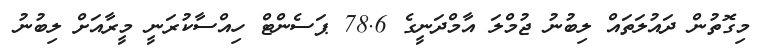
މިގޮތުން ދައުލަތައް ލިބުނު ޖުމްލަ އާމްދަނީގެ 78.6 ޕަސެންޓް ހިއްސާކުރަނީ މީރާއަށް ލިބުނު